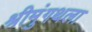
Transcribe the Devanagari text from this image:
श्रीमुंगथला